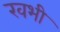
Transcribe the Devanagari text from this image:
खभी